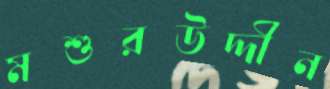
মশুরউদ্দীন